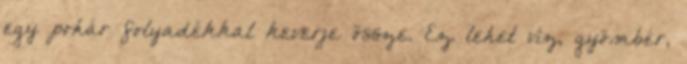
egy pohár folyadékkal keverje össze. Ez lehet víz, gyömbér,